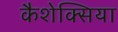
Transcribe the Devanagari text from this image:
कैशेक्सिया